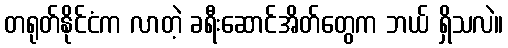
တရုတ်နိုင်ငံက လာတဲ့ ခရီးဆောင်အိတ်တွေက ဘယ် ရှိသလဲ။